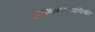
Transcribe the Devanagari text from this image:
झळकवणार्‍यांपैकी